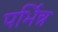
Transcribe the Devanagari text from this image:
पर्भिन्न